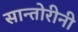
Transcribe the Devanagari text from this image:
सान्तोरीनी